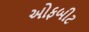
ઓફબીટ